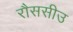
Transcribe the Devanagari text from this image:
रौससीउ